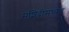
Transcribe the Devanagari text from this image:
मशिदीमध्येच